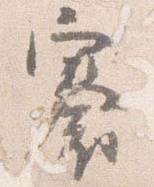
褰